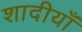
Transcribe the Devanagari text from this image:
शादीयाँ